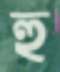
হু